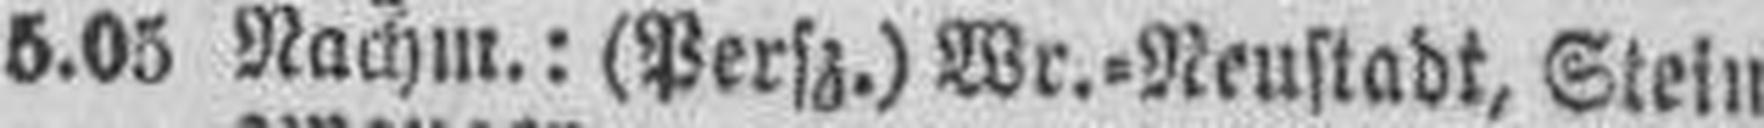
5.05 Nachm.: (Persz.) Wr.=Neustadt, Stein¬